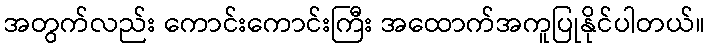
အတွက်လည်း ကောင်းကောင်းကြီး အထောက်အကူပြုနိုင်ပါတယ်။